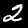
Label: 2